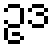
ဥဒ